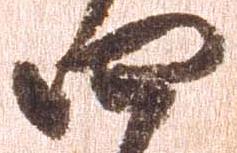
四